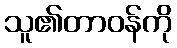
သူ၏တာဝန်ကို